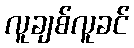
လူချစ်လူခင်